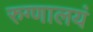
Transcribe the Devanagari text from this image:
रुग्णालयं